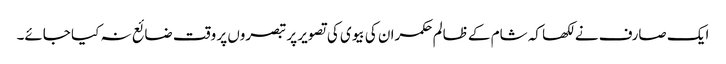
ایک صارف نے لکھا کہ شام کے ظالم حکمران کی بیوی کی تصویر پر تبصروں پر وقت ضائع نہ کیا جائے۔